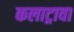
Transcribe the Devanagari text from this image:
कलाट्रावा